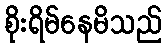
စိုးရိမ်နေမိသည်